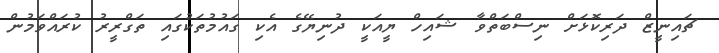
ޗައިނީޒް ދަރިކޮޅަށް ނިސްބަތްވާ ޝައިހް ޔީއަކީ ދުނިޔޭގެ އެކި ގައުމުތަކުގައި ތަގްރީރު ކުރައްވަމުން